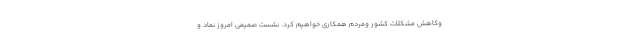
وکاهش مشکلات کشور ومردم همکاری خواهیم کرد. نشست صمیمی امروز نماد و